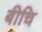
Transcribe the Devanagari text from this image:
बीचि